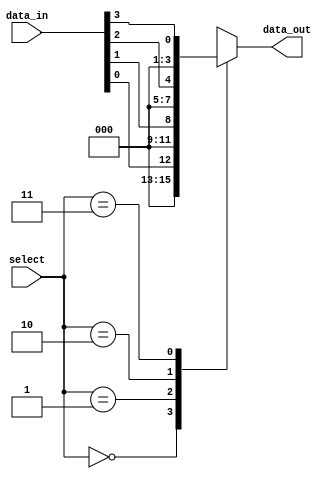
module mux_behavioral(input [1:0] select, input [3:0] data_in, output reg [3:0] data_out);

always @(*)
begin
    case(select)
        2'b00: data_out = data_in[0];
        2'b01: data_out = data_in[1];
        2'b10: data_out = data_in[2];
        2'b11: data_out = data_in[3];
        default: data_out = 4'bxxxx; // Output 'x' if select is undefined
    endcase
end

endmodule